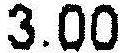
3.00